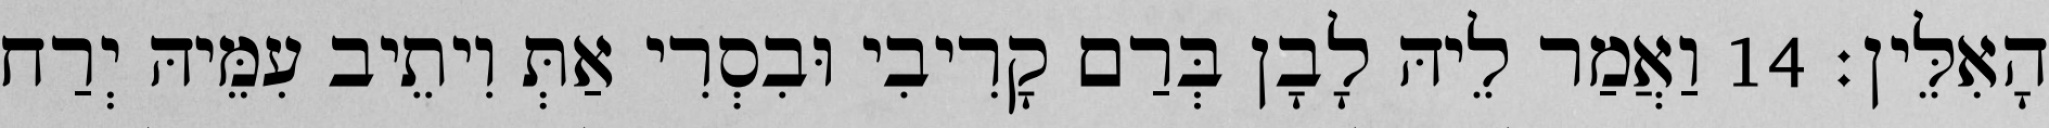
הָאִלֵּין׃ 14 וַאֲמַר לֵיהּ לָבָן בְּרַם קָרִיבִי וּבִסְרִי אַתְּ וִיתֵיב עִמֵּיהּ יְרַח